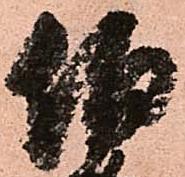
伯